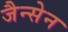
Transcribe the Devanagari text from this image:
जैन्सेन